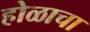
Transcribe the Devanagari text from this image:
होळाचा